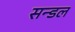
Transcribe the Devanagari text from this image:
सन्डल